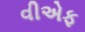
વીએફ